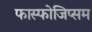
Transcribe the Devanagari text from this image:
फास्फोजिप्सम